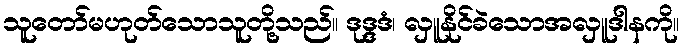
သူတော်မဟုတ်သောသူတို့သည်။ ဒုဒ္ဒဒံ၊ လှူနိုင်ခဲသောအလှူဒါနကို။